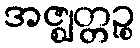
အဇ္ဈတ္တဉ္စ